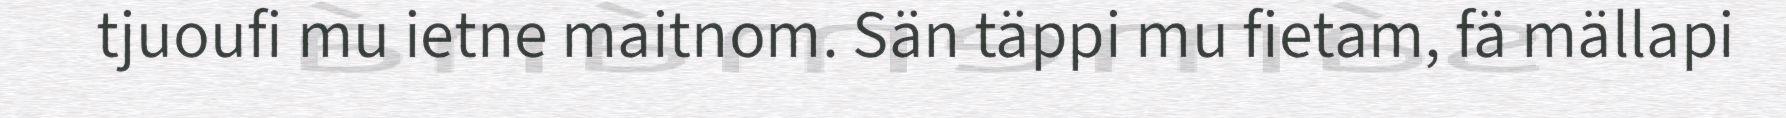
tjuoufi mu ietne maitnom. Sän täppi mu fietam, fä mällapi